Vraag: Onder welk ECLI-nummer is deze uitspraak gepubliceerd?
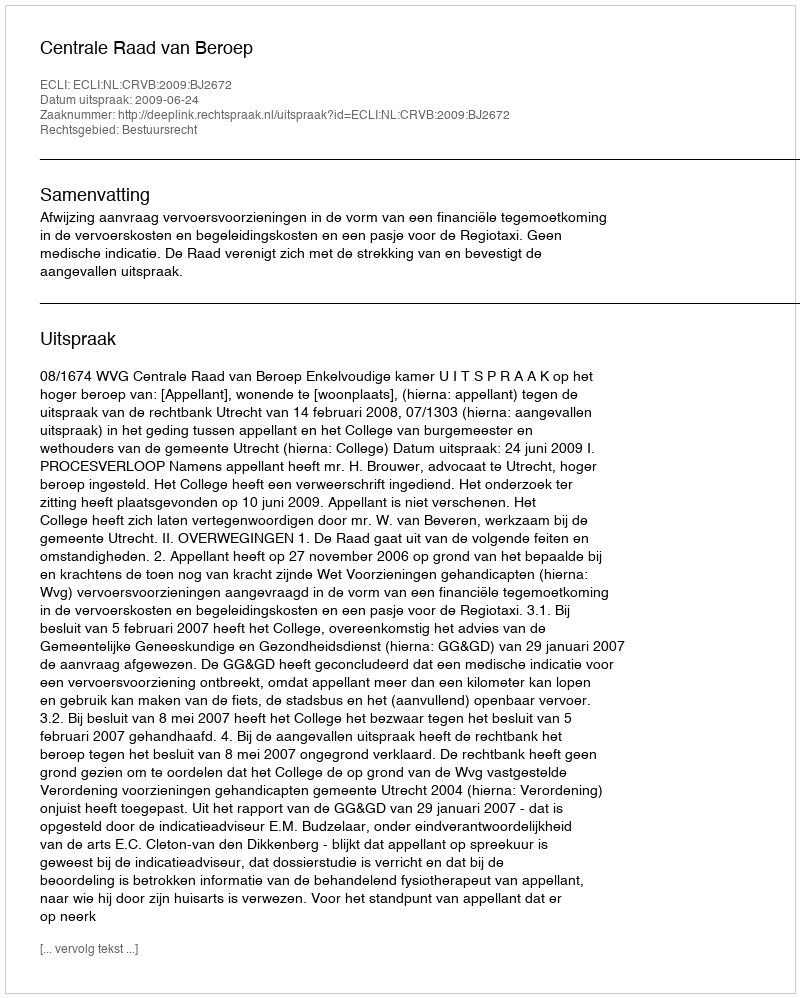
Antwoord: ECLI:NL:CRVB:2009:BJ2672